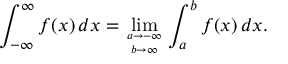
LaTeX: \int _ { - \infty } ^ { \infty } f ( x ) \, d x = \operatorname* { l i m } _ { a \to - \infty \atop b \to \infty } \int _ { a } ^ { b } f ( x ) \, d x .